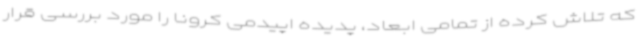
که تلاش کرده‌ از تمامی ابعاد، پدیده اپیدمی کرونا را مورد بررسی قرار